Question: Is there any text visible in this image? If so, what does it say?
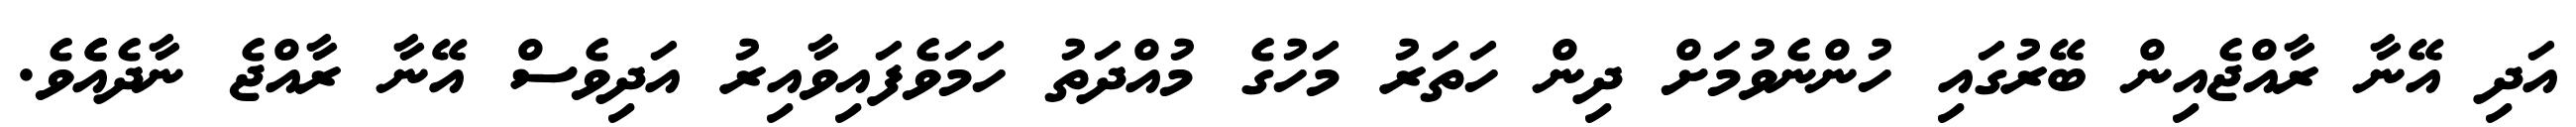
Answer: އަދި އޭނާ ރާއްޖެއިން ބޭރުގައި ހުންނެވުމަށް ދިން ހަތަރު މަހުގެ މުއްދަތު ހަމަވެފައިވާއިރު އަދިވެސް އޭނާ ރާއްޖެ ނާދެއެެވެ.